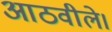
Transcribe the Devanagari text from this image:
आठवीले।